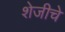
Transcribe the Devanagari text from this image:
शेजीचे